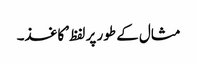
مثال کے طور پر لفظ ’کاغذ۔